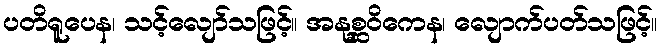
ပတိရူပေန၊ သင့်လျော်သဖြင့်။ အနုစ္ဆဝိကေန၊ လျောက်ပတ်သဖြင့်။